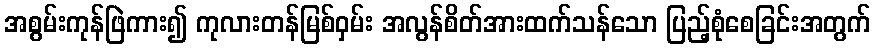
အစွမ်းကုန်ဖြဲကား၍ ကုလားတန်မြစ်ဝှမ်း အလွန်စိတ်အားထက်သန်သော ပြည့်စုံစေခြင်းအတွက်